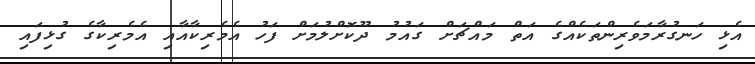
އެޅި ހަނގުރާމަވެރިންތަކެއްގެ އަތް މައްޗަށް ގައުމު ދޫކޮށްލުމަށް ފަހު އެމެރިކާއާއި އެމެރިކާގެ ގުޅިފައި